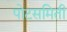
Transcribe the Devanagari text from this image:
पोटसमिती